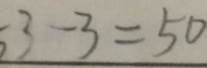
5 3 - 3 = 5 0